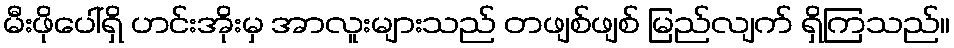
မီးဖိုပေါ်ရှိ ဟင်းအိုးမှ အာလူးများသည် တဖျစ်ဖျစ် မြည်လျက် ရှိကြသည်။